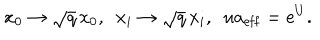
LaTeX: x _ { 0 } \rightarrow \sqrt { q } \, x _ { 0 } , ~ ~ x _ { i } \rightarrow \sqrt { q } \, x _ { i } , ~ ~ u a _ { \mathrm { e f f } } = e ^ { U } .